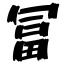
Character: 冨